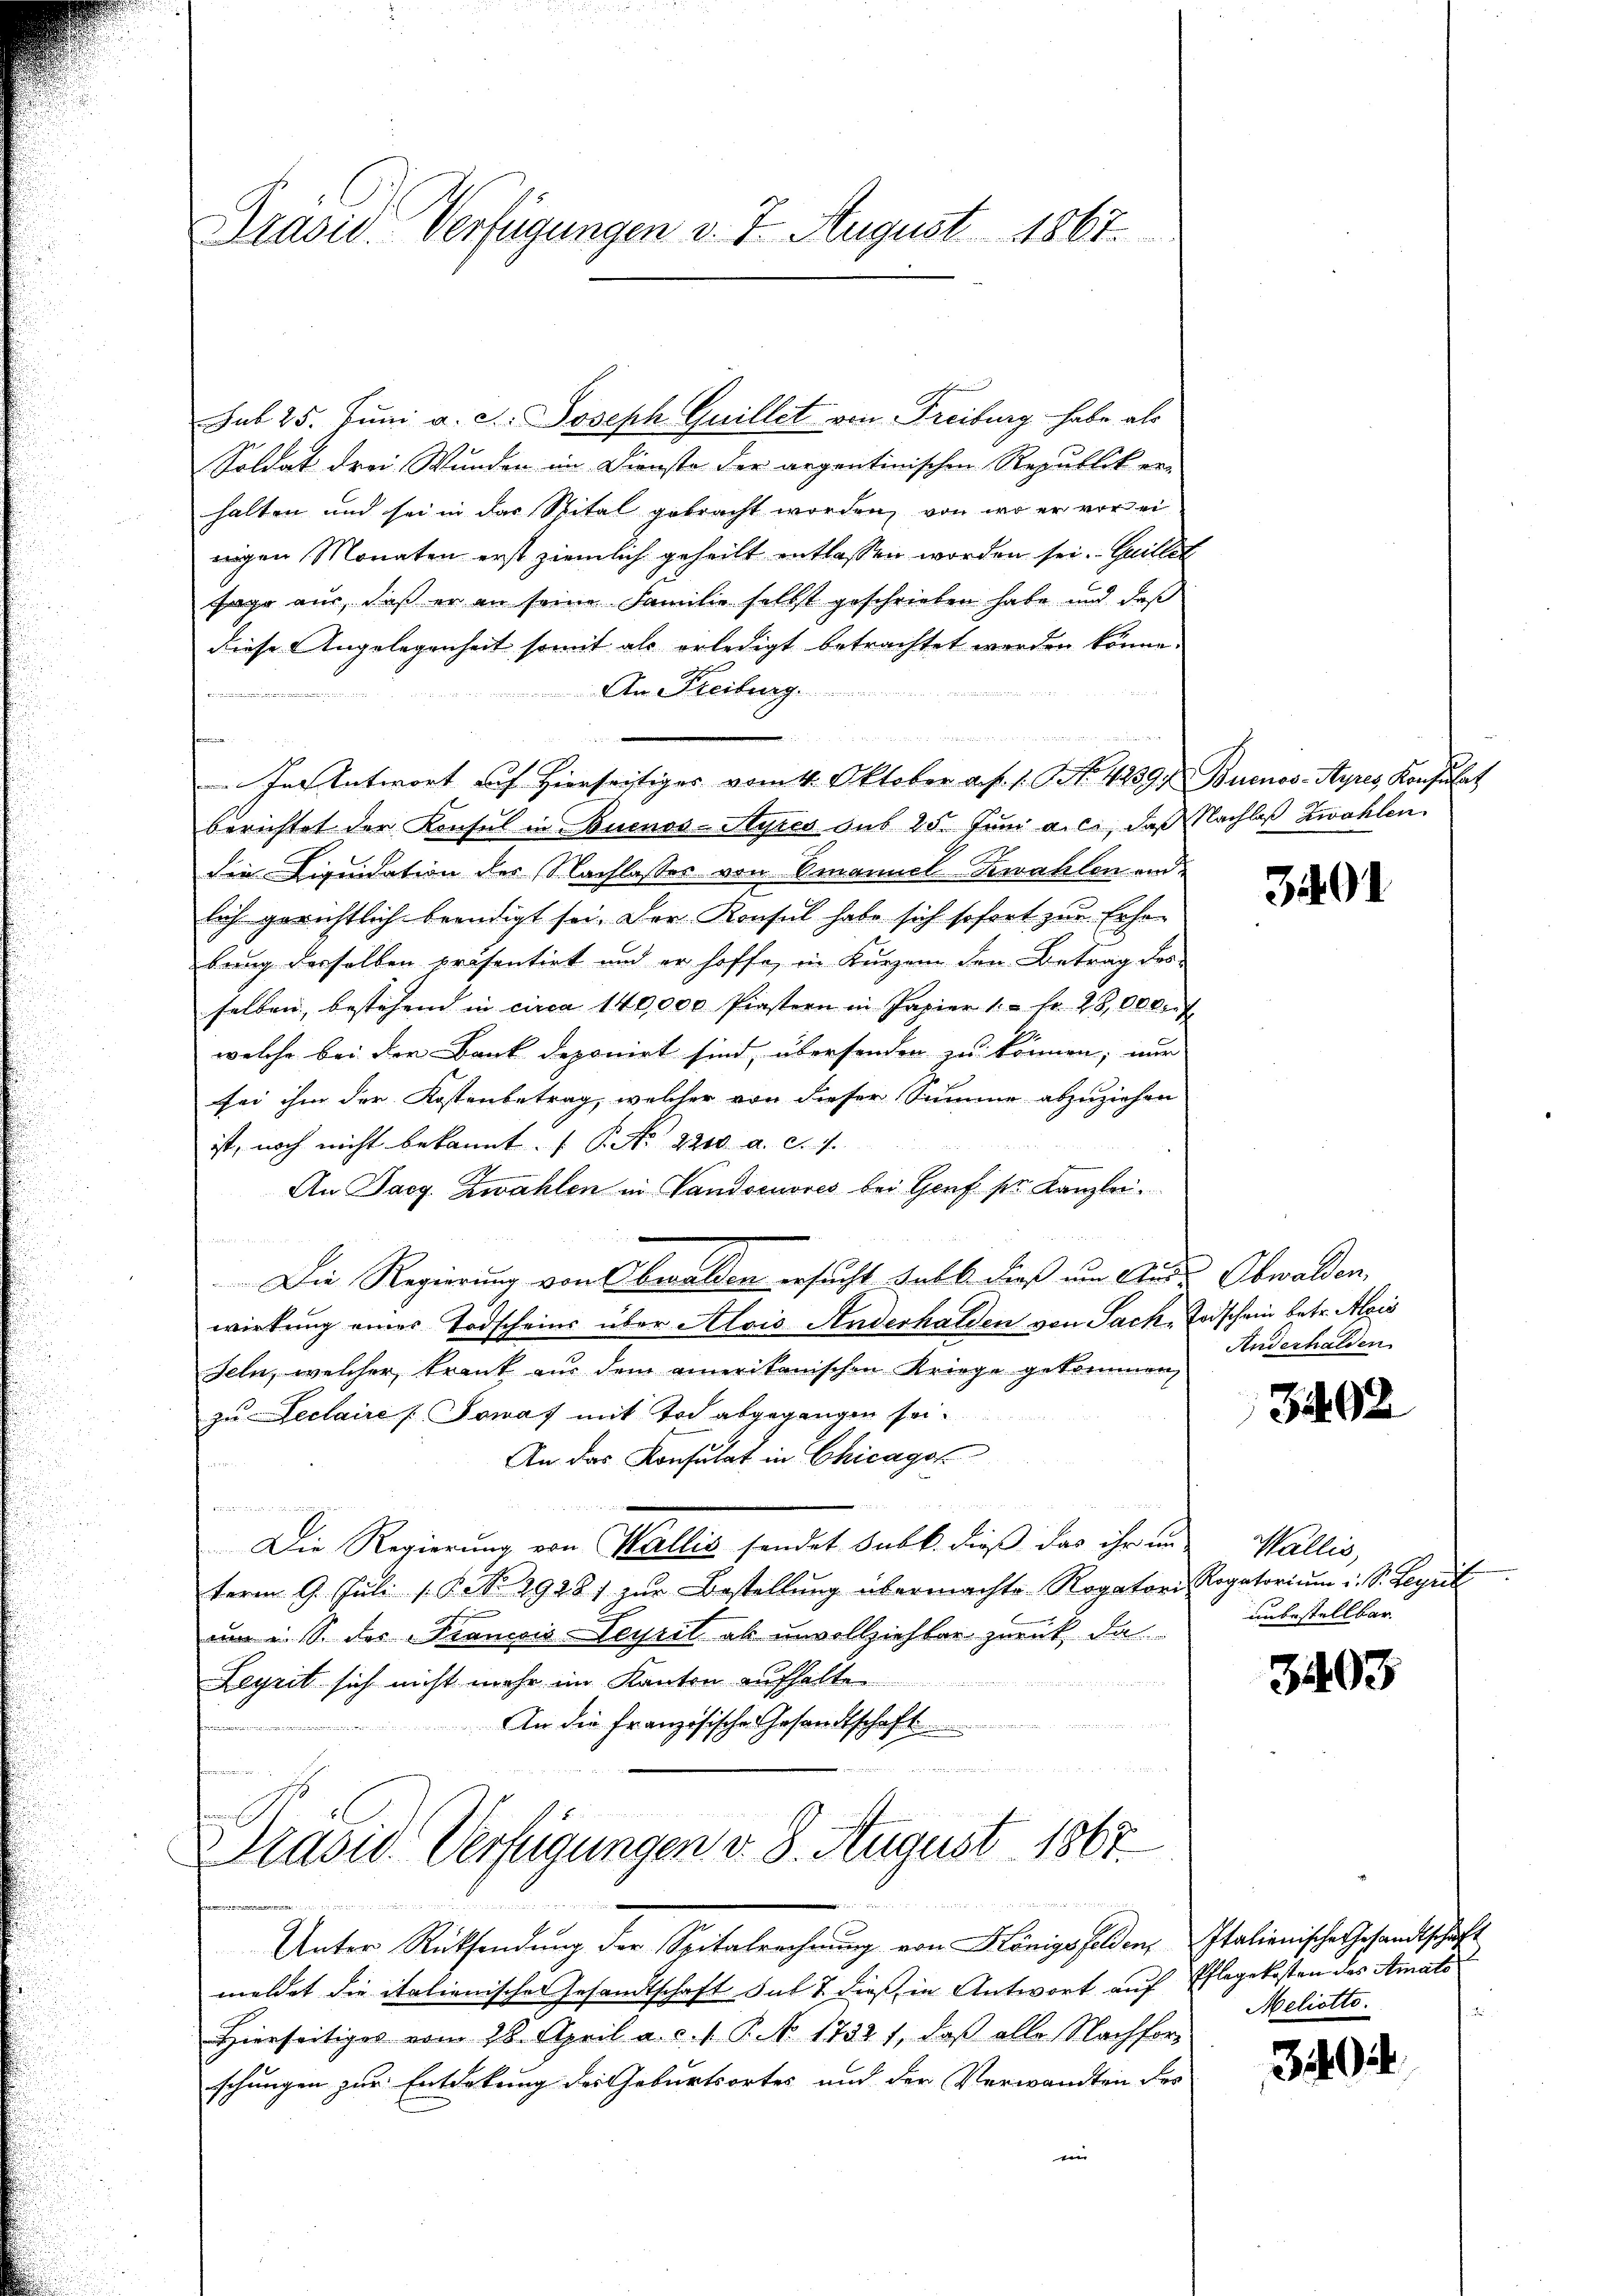
Brasw. Verfügungen v. J. August 1867.

Soldat drei Wunden im Dienste der argentinischen Republik er-
halten und sei in das Spital gebracht worden, von wo er vor ei
nigen Monaten erst ziemlich geheilt entlassen worden sei. Guillet
sage aus, daß er an seine Familie selbst geschrieben habe und daß
diese Angelegenheit somit als erledigt betrachtet werden könne.
An Freiburg
n
Pernommen
In Antwort auf hierseitiges vom 4. Oktober a. f. 1. No. 42397 Buenos-Ayres Konsulat
berichtet der Konsul in Buenos-Ayres aus 25. Juni a.c., daß Nachlaß zwahlen
die Liquidation des Nachlasses von Omanuel-Kwahlen und
lich gerichtlich beendigt sei. Der Konsul habe sich sofort zur Erhobrung derselben präsentirt und er hoffe, in Kurzem den Betrag des
selben, bestehend in circa 140,000 Piastern in Papier 1. " fr. 25,000 f
welche bei der Bank deponirt sind, übersenden zu können; nur
sei ihm der Kostenbetrag, welcher von dieser Summe abzuziehen
ist, noch nicht bekannt. P. Nr. 2200 a. c. 1
An Sarg. Zwahlen in Vandocuores bei Genf sr Kanzlei¬
Die Regierung von Obwalden ersucht habe dieß um Ande Obwalden,
wirkung einer Todscheins über Alois Anderhalden von Sache Todschein betr. Alois
Feln, welcher krank aus dem amerikanischen Kriege gekommen,
zu Declaire [Sowaf mit Tod abgegangen sei.
An das Konsulat in Chicagot
n
Die Regierung von Wallis sondet sub b. dieß das ihren Wallis,
term 9. Juli 18. No. 2928) zŭr Bestellŭng übermachte Rogatori Rogatoriŭm u. S. Leyrit
am u. s. der Francois Seyril ab unvollziehter zurück, da
Legrit sich nicht mehr im Kanton aufhalte
An die französische Gesandtschaft
n
 1ter anderte

Unter Rücksendung der Spitalrechnung von Königsfelden, Italienische Gesandtschaft
meldet die italienischer Gesandtschaft sub 7 dieß in Antwort auf Pflegekosten des Amats
Hierseitiges vom 28. April a. c. 1. P. 1732 1, daß alle Nachforschungen zur Entdekung des Geburtsortes und der Verwandten des
en

sub 25. Juni a. c. Joseph Quillet von Freiburg habe als

aowo Verfügungen v. 8. August 1867
rdinan
Derinnen und meinden wird, einen Be

3401

Anderhalden

3402

unbestellbar.

3403

Meliotto.

349